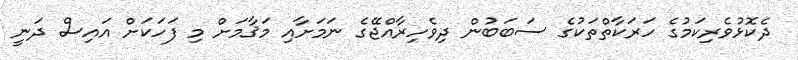
ދެކޮޅުވެރިކަމުގެ ހަރަކާތްތަކުގެ ސަބަބުން ދިވެހިރާއްޖޭގެ ނަމަށާއި މަޤާމަށް މި ފަހަކަށް އައިސް ދަނީ